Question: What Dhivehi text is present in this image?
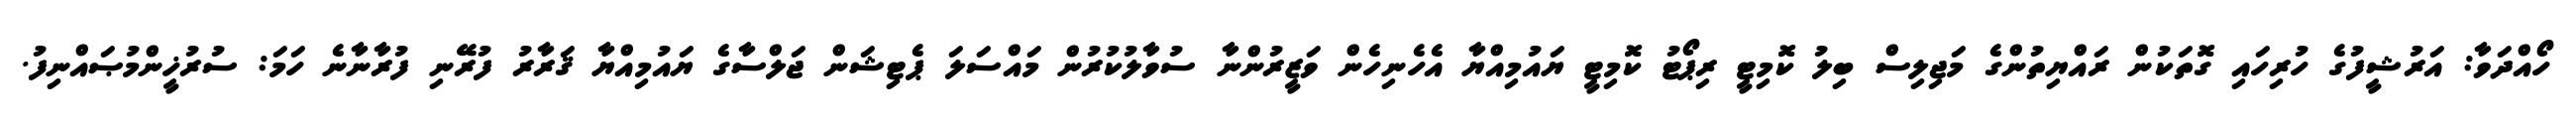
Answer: ހޯއްދަވާ: އަރުޝީފުގެ ހުރިހައި ގޮތަކުން ރައްޔިތުންގެ މަޖިލިސް ބިލު ކޮމިޓީ ރިޕޯޓު ކޮމިޓީ ޔައުމިއްޔާ އެހެނިހެން ވަޒީރުންނާ ސުވާލުކުރުން މައްސަލަ ޕެޓިޝަން ޖަލްސާގެ ޔައުމިއްޔާ ޤަރާރު ފުރޭނި ފުރާނާނެ ހަމަ: ސުރުޚީންމުޞައްނިފު.